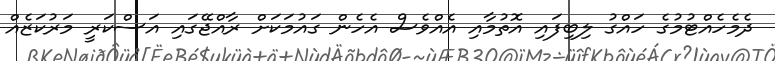
ދެމެހެއްޓުމުގެ ހައްގު ލިބިފައި އޮތުމާއި އެއްވެސް އެހެން ގައުމަކަށް ރާއްޖޭގައި އަސްކަރީ މަރުކަޒެއް